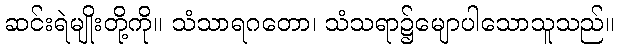
ဆင်းရဲမျိုးတို့ကို။ သံသာရဂတော၊ သံသရာ၌မျောပါသောသူသည်။